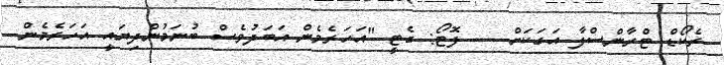
ރެކޯޑް ޓްރާންސްފާ އަގަކަށް --- ފޮޓޯ: ގެޓީ "އަހަރެމެން އަބަދުވެސް ބުނަމުންދިޔައީ އަހަރެމެން